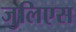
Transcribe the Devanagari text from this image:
जुलिएस